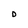
Character: D